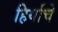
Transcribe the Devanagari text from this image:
हिर्याचे